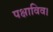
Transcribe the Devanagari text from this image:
पक्षाविव।